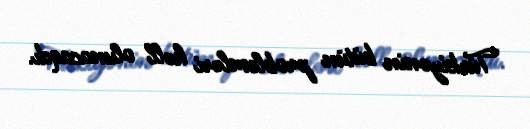
Türkiyənin bütün problemləri həll olunacaqdı.